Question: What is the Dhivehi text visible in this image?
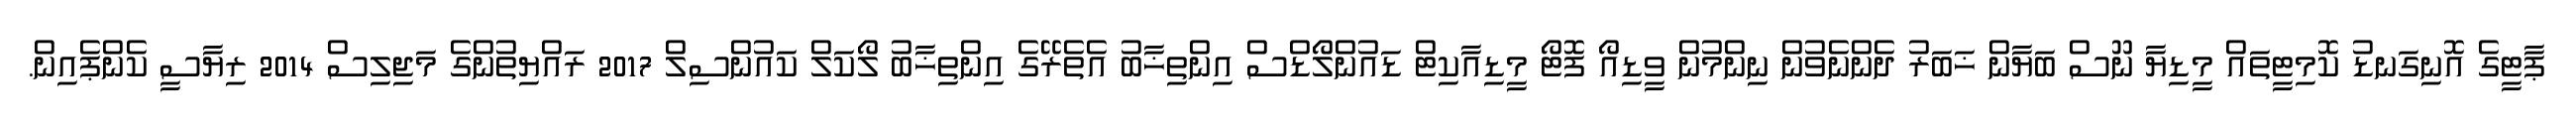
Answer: ޕާޓީގެ އޮނިގަނޑު ކޮމިޓީތައް މީޑިޔާ ނޫސް ބަޔާން ޚަބަރު ދެންނެވުން ނިންމުން ވީޑިއޯ ފޮޓޯ މީޑިއާކިޓް ޑައުންލޯޑްސް އިންތިޚާބު އެތެރޭގެ އިންތިޚާބު ލޯކަލް ކައުންސިލް 2017 ރައްޔިތުންގެ މަޖިލިސް 2014 ރިޔާސީ ކެންޕެއިން.